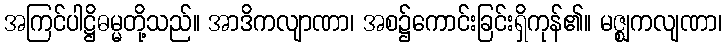
အကြင်ပါဋ္ဌိဓမ္မတို့သည်။ အာဒိကလျာဏာ၊ အစ၌ကောင်းခြင်းရှိကုန်၏။ မဇ္ဈကလျဏာ၊